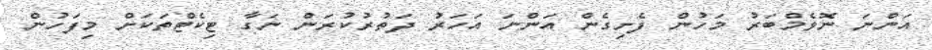
އަންނަ ނޮވެމްބަރު މަހުން ފެށިގެން އަންނަ އަހަރު ދަތުރުކުރަން ނަގާ ޓިކެޓްތަކަށް މިފަހުން